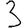
Digit: 3